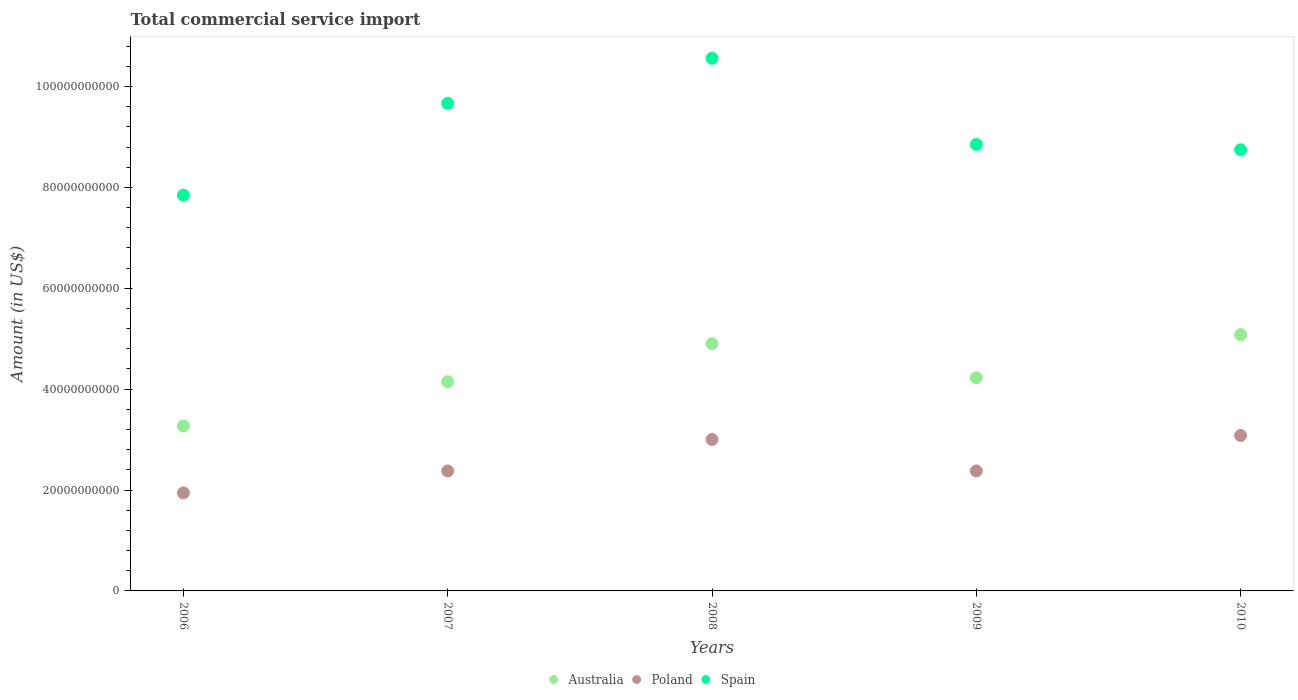
| Years | Australia | Poland | Spain |
 | --- | --- | --- | --- |
 | 2006 | 3.27e+10 | 1.94e+10 | 7.85e+10 |
 | 2007 | 4.15e+10 | 2.38e+10 | 9.67e+10 |
 | 2008 | 4.9e+10 | 3e+10 | 1.06e+11 |
 | 2009 | 4.23e+10 | 2.38e+10 | 8.85e+10 |
 | 2010 | 5.08e+10 | 3.08e+10 | 8.75e+10 |